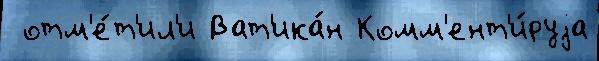
 отм'е́т'ил'и Ват'ика́н Комм'ент'и́руjа